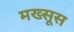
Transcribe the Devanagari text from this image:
मख्सूस